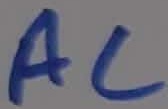
Text: AC